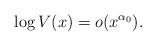
LaTeX: \begin{align*}\log V(x) = o(x^{\alpha_0}).\end{align*}